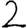
Digit: 2